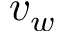
v _ { w }